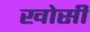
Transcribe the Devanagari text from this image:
खोसी